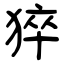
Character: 猝